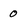
Character: 0